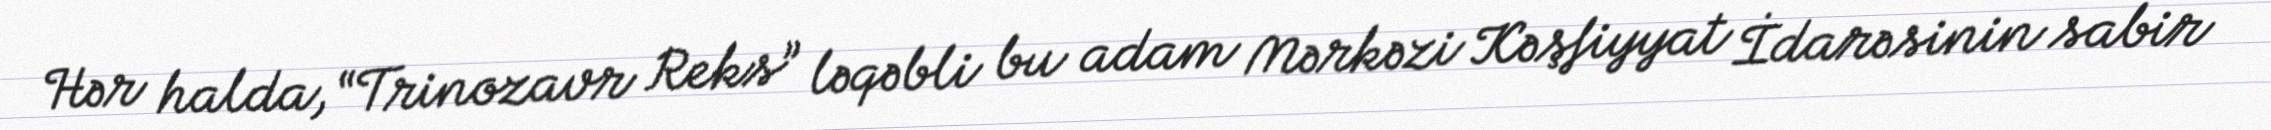
Hər halda, “Trinozavr Reks” ləqəbli bu adam Mərkəzi Kəşfiyyat İdarəsinin sabir